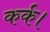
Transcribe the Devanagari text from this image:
कर्क।